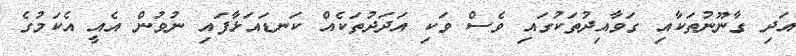
އަދި ގާނޫނުތަކާއި ގަވާއިދުތަކުގައި ވެސް ވަކި އަދަދުތަކެއް ކަނޑައަޅާފައި ނުވުން އެއީ އެކަމުގެ